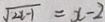
\sqrt { 2 x - 1 } = x - 2